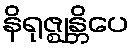
နိရုဇ္ဈန္တိပေ